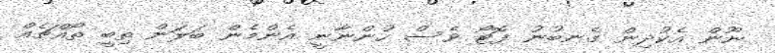
ނޫން އެކުދިން ގެނބުނު ފޮޓޯ ވެސް ހުންނާނީ އެންމެން ބަލަން ތިބީ ތޯއްޗެއް